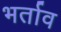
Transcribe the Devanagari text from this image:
भर्ताव